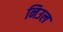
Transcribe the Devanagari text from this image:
निउल